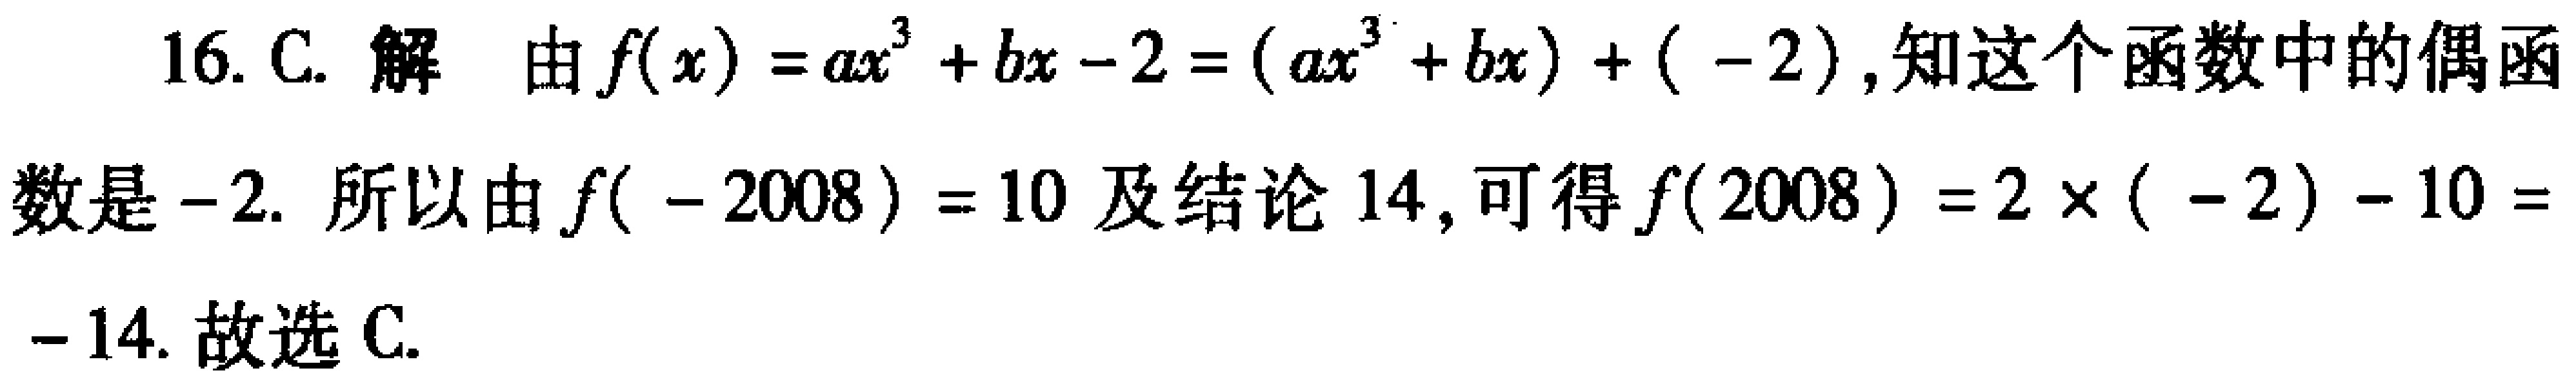
16. C. 解 由\(f(x)=ax^{3}+bx - 2=(ax^{3}+bx)+( - 2)\),知这个函数中的偶函数是\(-2\). 所以由\(f( - 2008)=10\)及结论14, 可得\(f(2008)=2\times( - 2)-10=-14\). 故选C.